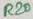
Text: R20